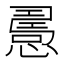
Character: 𢢧